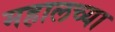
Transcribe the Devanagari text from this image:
महालच्या